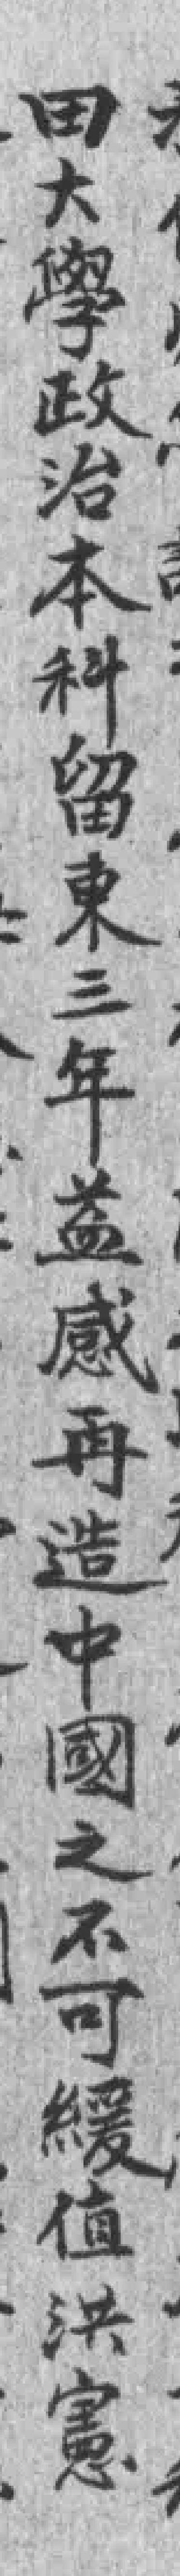
田大學政治本科留東三年益感再造中國之不可緩值洪憲